Civil Veterinary Department Bengal reports 1933-51 - 1933-1951
Year: 1933
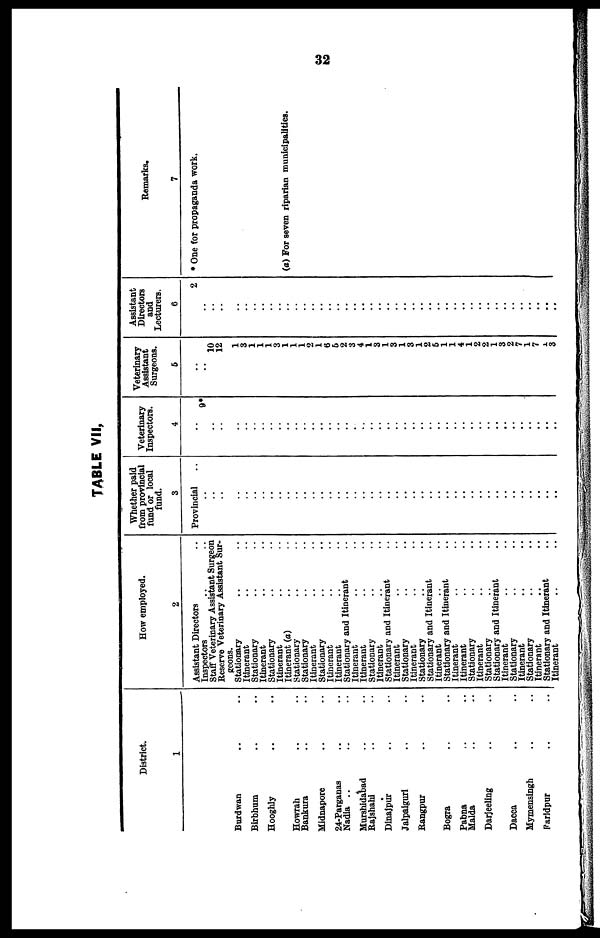
32
TABLE VII,
District.
1
Burdwan .. ..
Birbhum .. ..
Hooghly .. ..
Howrah .. ..
Bankura .. ..
Midnapore .. ..
24-Parganas .. ..
Nadia .. .. ..
Murshidabad .. ..
Rajshahi .. ..
Dinajpur .. ..
Jalpaiguri .. ..
Rangpur .. ..
Bogra .. ..
Pabna .. ..
Malda .. ..
Darjeeling .. ..
Dacca
Mymensingh .. ..
Faridpur .. ..
How employed.
2
Assistant Directors ..
Inspectors ..
Staff Veterinary Assistant Surgeon
Reserve Veterinary Assistant Sur-
geons.
Stationary .. ..
Itinerant .. ..
Stationary .. ..
Itinerant .. ..
Stationary .. ..
Itinerant .. ..
Itinerant (a) .. ..
Stationary .. ..
Stationary .. ..
Itinerant .. ..
Stationary .. ..
Itinerant .. ..
Itinerant .. ..
Stationary and Itinerant ..
Itinerant .. ..
Itinerant .. ..
Stationary .. ..
Itinerant .. ..
Stationary and Itinerant ..
Itinerant .. ..
Stationary .. ..
Itinerant .. ..
Stationary .. ..
Stationary and Itinerant ..
Itinerant .. ..
Stationary and Itinerant ..
Itinerant .. ..
Itinerant .. ..
Stationary .. ..
Itinerant .. ..
Stationary .. ..
Stationary and Itinerant ..
Itinerant .. ..
Stationary .. ..
Itinerant .. ..
Stationary .. ..
Itinerant .. ..
Stationary and Itinerant ..
Itinerant
Whether paid
from provincial
fund or local
fund.
3
Provincial ..
..
..
..
.. ..
..
..
..
..
..
..
..
..
..
..
..
..
..
..
..
..
..
..
..
..
..
..
..
..
..
..
..
..
..
..
..
..
..
..
..
..
..
Veterinary
Inspectors.
4
..
9*
..
..
.. ..
..
..
..
..
..
..
..
..
..
..
..
..
..
..
..
..
..
..
..
..
..
..
..
..
..
..
..
..
..
..
..
..
..
..
..
..
..
Veterinary
Assistant
Surgeons.
5
..
..
10
12
1
3
1
1
1
3
1
1
1
2
1
6
5
2
3
4
1
3
1
3
1
3
1
2
5
1
1
4
1
2
2
1
3
2
7
1
7
1
3
Assistant
Directors
and
Lecturers.
6
2
..
..
..
..
..
..
..
..
..
..
..
..
..
..
..
..
..
..
..
..
..
..
..
..
..
..
..
..
..
..
..
..
..
..
..
..
..
..
..
..
..
Remarks.
7
* One for propaganda work.
(a) For seven riparian municipalities.